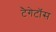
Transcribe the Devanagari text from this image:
टैगेटॉस